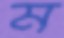
ম